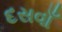
દસવાઁ